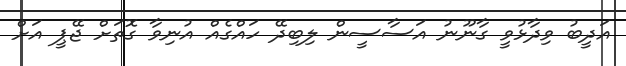
އަދީބު ވިދާޅުވީ ގާނޫނު އަސާސީން ލިބިދޭ ހައްގެއް އުނިވާ ގޮތަށް ޖޭޕީ އަށް